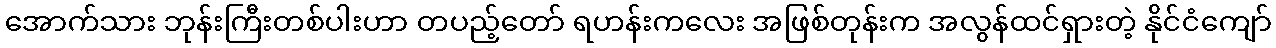
အောက်သား ဘုန်းကြီးတစ်ပါးဟာ တပည့်တော် ရဟန်းကလေး အဖြစ်တုန်းက အလွန်ထင်ရှားတဲ့ နိုင်ငံကျော်